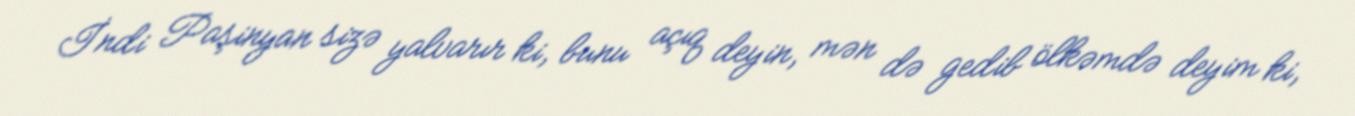
İndi Paşinyan sizə yalvarır ki, bunu açıq deyin, mən də gedib ölkəmdə deyim ki,